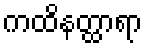
ကထိနတ္ထာရာ